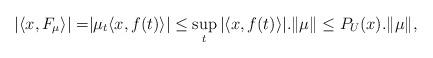
LaTeX: \begin{align*}| \langle x , F_{\mu}\rangle | = & | \mu_{t} \langle x , f (t)\rangle | \leq \sup_{t } |\langle x , f (t)\rangle |.\|\mu\|\leq P_{U}(x).\|\mu\|,\end{align*}